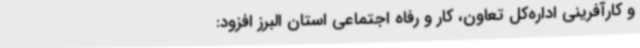
و کارآفرینی اداره‌کل تعاون، کار و رفاه اجتماعی استان البرز افزود: